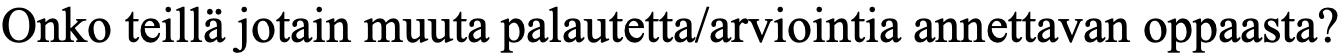
Onko teillä jotain muuta palautetta/arviointia annettavan oppaasta?